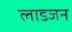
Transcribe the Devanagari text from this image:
लाडजन